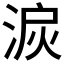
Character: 𱦾